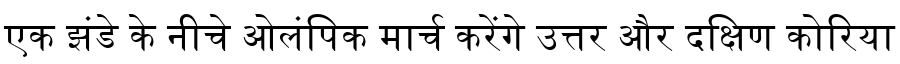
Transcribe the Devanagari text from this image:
एक झंडे के नीचे ओलंपिक मार्च करेंगे उत्तर और दक्षिण कोरिया